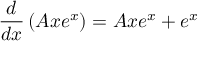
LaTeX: { \frac { d } { d x } } \left( A x e ^ { x } \right) = A x e ^ { x } + e ^ { x }